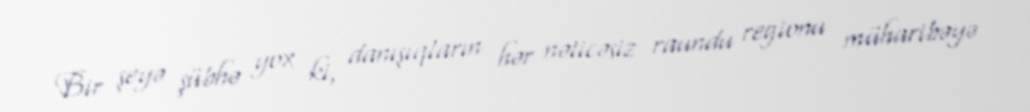
Bir şeyə şübhə yox ki, danışıqların hər nəticəsiz raundu regionu müharibəyə